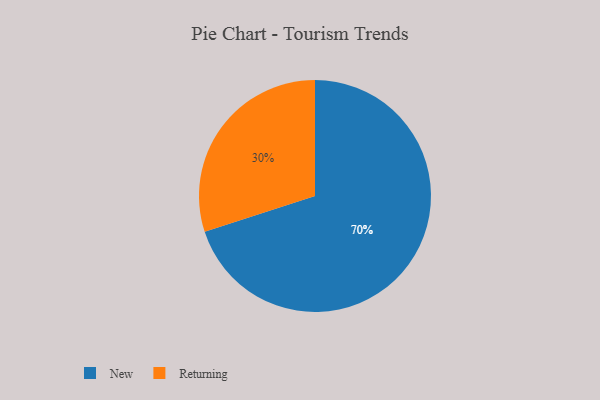
{"axis": {"x": "Category", "y": "Percentage"}, "legend": ["New", "Returning"], "data": [{"x": "New", "y": 70, "type": "New"}, {"x": "Returning", "y": 30, "type": "Returning"}]}